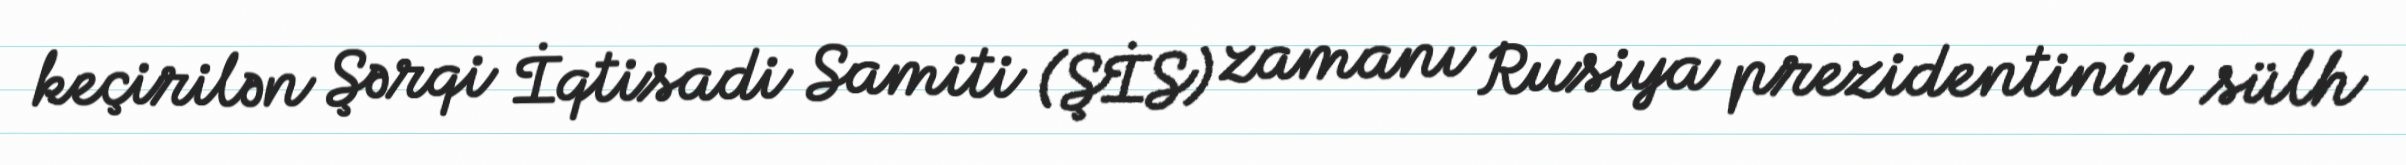
keçirilən Şərqi İqtisadi Samiti (ŞİS) zamanı Rusiya prezidentinin sülh